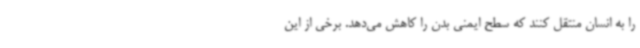
را به انسان منتقل کنند که سطح ایمنی بدن را کاهش می‌دهد. برخی از این